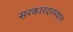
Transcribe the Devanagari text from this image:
सरकारदरम्यान